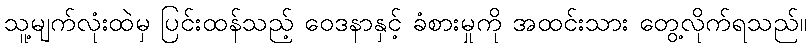
သူ့မျက်လုံးထဲမှ ပြင်းထန်သည့် ဝေဒနာနှင့် ခံစားမှုကို အထင်းသား တွေ့လိုက်ရသည်။